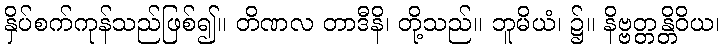
နှိပ်စက်ကုန်သည်ဖြစ်၍။ တိဏလ တာဒီနိ၊ တို့သည်။ ဘူမိယံ၊ ၌။ နိဗ္ဗတ္တန္တိဝိယ၊